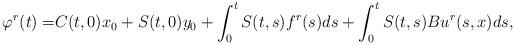
LaTeX: \begin{align*}\varphi^r(t)=&C(t,0)x_0+S(t,0)y_0+\int_0^t S(t,s)f^r(s)ds+\int_0^t S(t,s)Bu^r(s,x) ds,\end{align*}